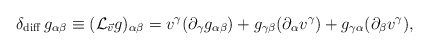
\begin{align*}\delta_{\rm diff}\, g_{\alpha\beta} \equiv ({\cal L}_{\vec{v}}g)_{\alpha\beta} = v^{\gamma}( \partial_{\gamma} g_{\alpha\beta} ) + g_{\gamma\beta}( \partial_{\alpha} v^{\gamma} )+ g_{\gamma\alpha}( \partial_{\beta} v^{\gamma}),\end{align*}